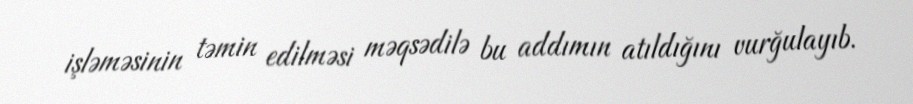
işləməsinin təmin edilməsi məqsədilə bu addımın atıldığını vurğulayıb.